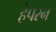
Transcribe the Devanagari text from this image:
हेपरन